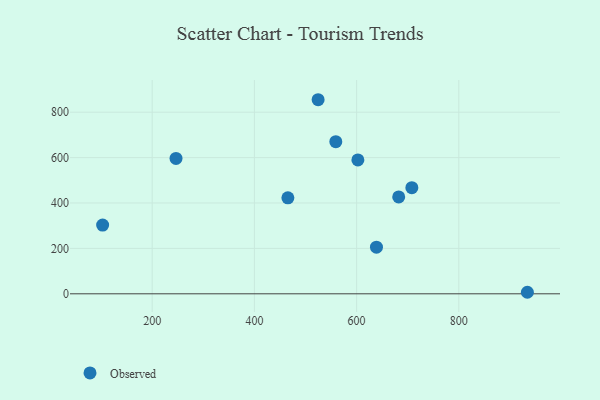
{"axis": {"x": "Speed", "y": "Fuel Efficiency"}, "legend": ["Observed"], "data": [{"x": "103.0", "y": 302.6, "type": "Observed"}, {"x": "246.6", "y": 596.5, "type": "Observed"}, {"x": "638.9", "y": 205.5, "type": "Observed"}, {"x": "602.5", "y": 589.8, "type": "Observed"}, {"x": "559.3", "y": 670.1, "type": "Observed"}, {"x": "708.1", "y": 467.5, "type": "Observed"}, {"x": "682.4", "y": 426.8, "type": "Observed"}, {"x": "524.7", "y": 855.0, "type": "Observed"}, {"x": "934.2", "y": 6.7, "type": "Observed"}, {"x": "465.5", "y": 422.8, "type": "Observed"}]}